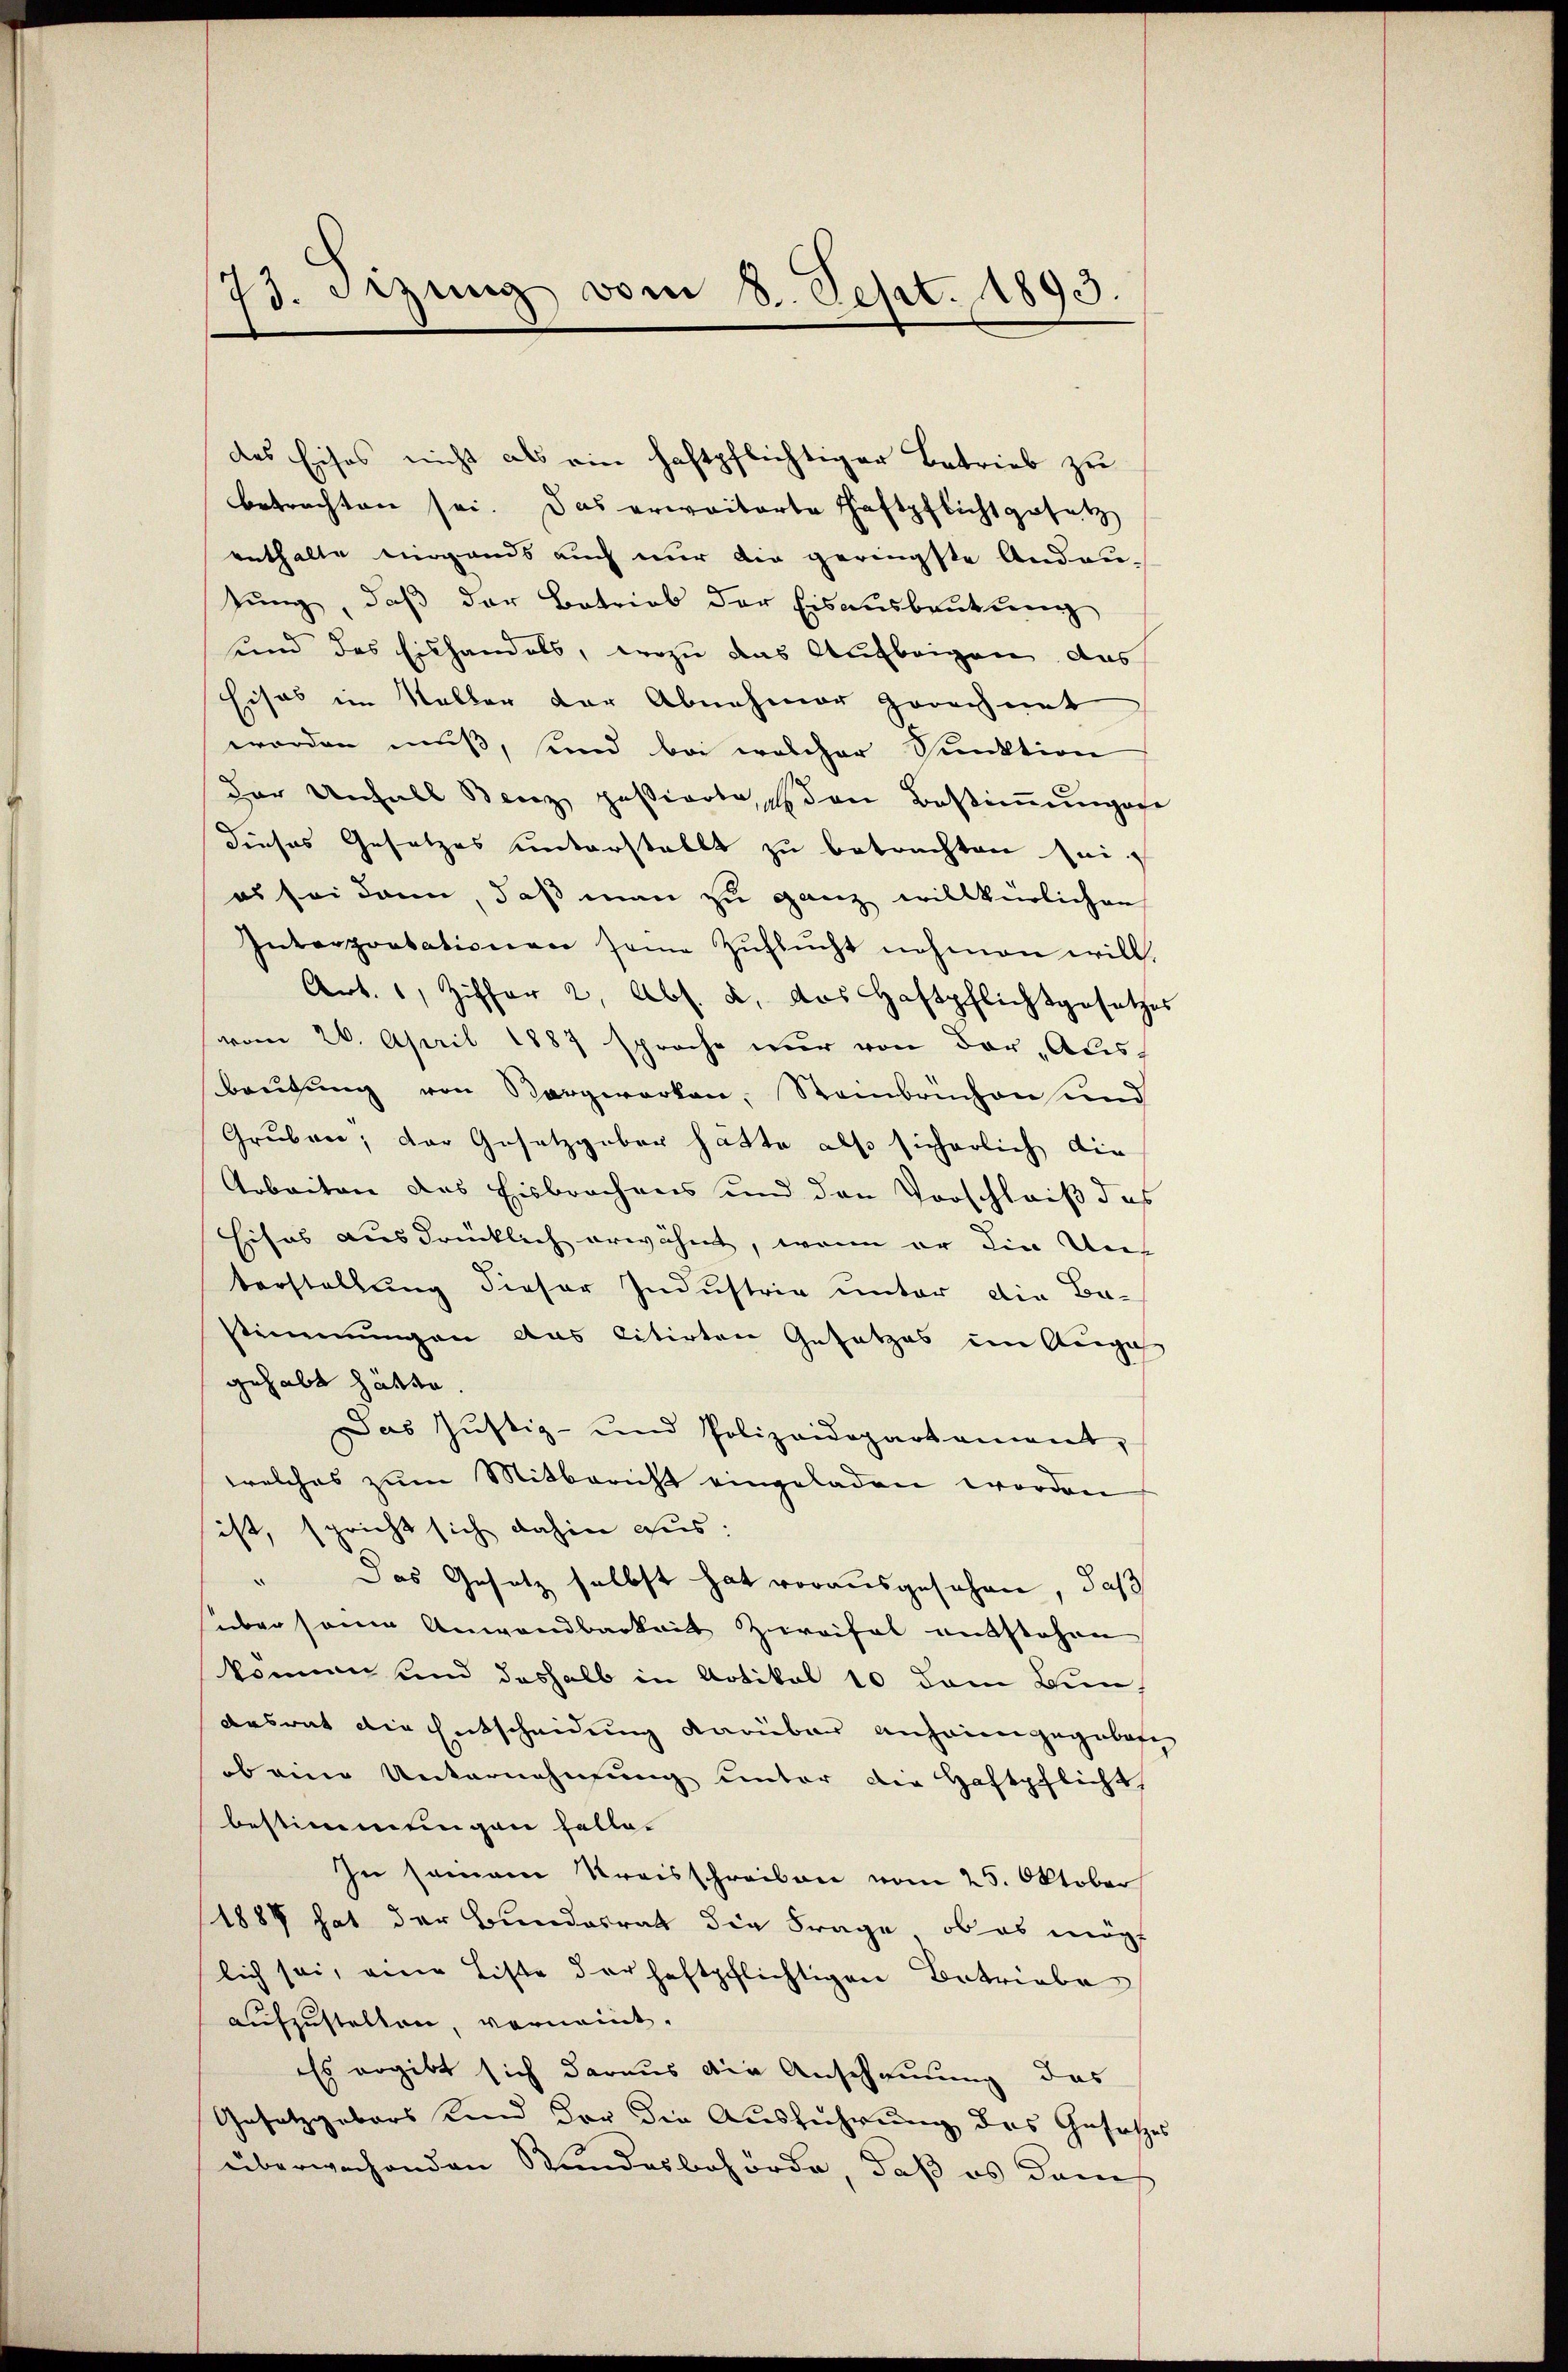
73. Dezung vom 8. Sept. 1893.

des Eises nicht als ein haftpflichtiger Betrieb zu
betrachten sei. Das erwaiterte Haftpflicht gesetz
enthalte nirgends auch nur die geringste Andau-
zung, daß der Betrieb der Eisausbeutung
unnd das Eishandels, wozu das Aufbeigen, das
Eisos im Kalber der Abnehmer gerechnet
worden muß, sind bei welcher Funktion
der Unfall Benz passierte den Bestiṁŭngese
dieses Gesetzes unterstellt zu betrachten seies sei dann, daß man zu ganz willkürlichen
Interprobationen seine Zŭflŭcht nehmen will.
Art. 6, Ziffer 2, Abs. 2. das Haftpflichtgesetzes
vom 26. April 1887 sprache wir von der „Ales-
beutung von Bergwerken, Steinbruchen und
Gruben, der Gesetzgeber hätte also sicherlich die
Arbeiten des Eisbrochens und den Vorschleiß des
hises ausdrücklich erwähnt, wenn er die Unterstellung dieser Industrie unter die Be-
stimmungen aus citirten Gesetzes im Auge
gehabt hätte.
Das Justiz- und Polizeidepartament,
welches zum Mitbericht eingeladen worden
ist, spricht sich dahin aus:
" Das Gesetz selbst hat vorausgesehen, daß
über seine Anwendbarkeit Zweifel entstehen
können und deshalb in Artikel 10 dem Bun-
Arsrat die Entscheidung darüber anheimgegebete
ob eine Unternehmung unter die Haftpflicht
bestimmungen falle.
In seinem Kreisschreiben vom 25. Oktober
1884 hat der Bundesrath die Frage, ob es mögt
lich sei, eine Liste der haftpflichtigen Betriebe
aufzustellen, vornennt.
Es ergibt sich daraus die Anschauung, das
Gesetzgebers Kind der die Ausführung des Gesetzes
überwachenden Bundesbehörde, daß es dans